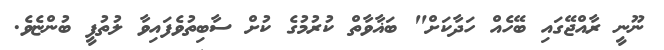
ނޫނީ ރާއްޖޭގައި ބޭހެއް ހަދާކަށް" ބަޣާވާތް ކުރުމުގެ ކުށް ސާބިތުވެފައިވާ ލުތުފީ ބުންޏެވެ.